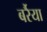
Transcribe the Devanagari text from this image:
बर्रैया